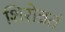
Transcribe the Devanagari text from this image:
शिरोव्रतं